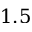
1 . 5